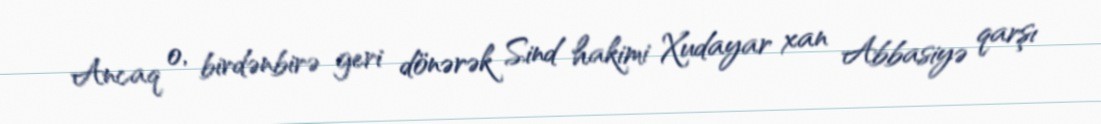
Ancaq o, birdənbirə geri dönərək Sind hakimi Xudayar xan Abbasiyə qarşı